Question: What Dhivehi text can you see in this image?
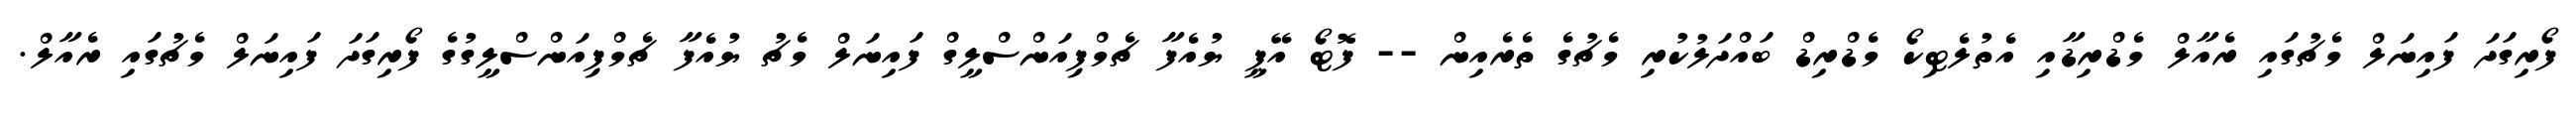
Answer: ފޯރިގަދަ ފައިނަލް މެޗުގައި ރެއާލް މެޑްރިޑާއި އެތުލެޓިކޯ މެޑްރިޑް ބައްދަލުކުރި މެޗުގެ ތެރެއިން -- ފޮޓޯ އޭޕީ ޔުއެފާ ޗެމްޕިއަންސްލީގް ފައިނަލް މެޗު ޔުއެފާ ޗެމްޕިއަންސްލީގުގެ ފޯރިގަދަ ފައިނަލް މެޗުގައި ރެއާލް.